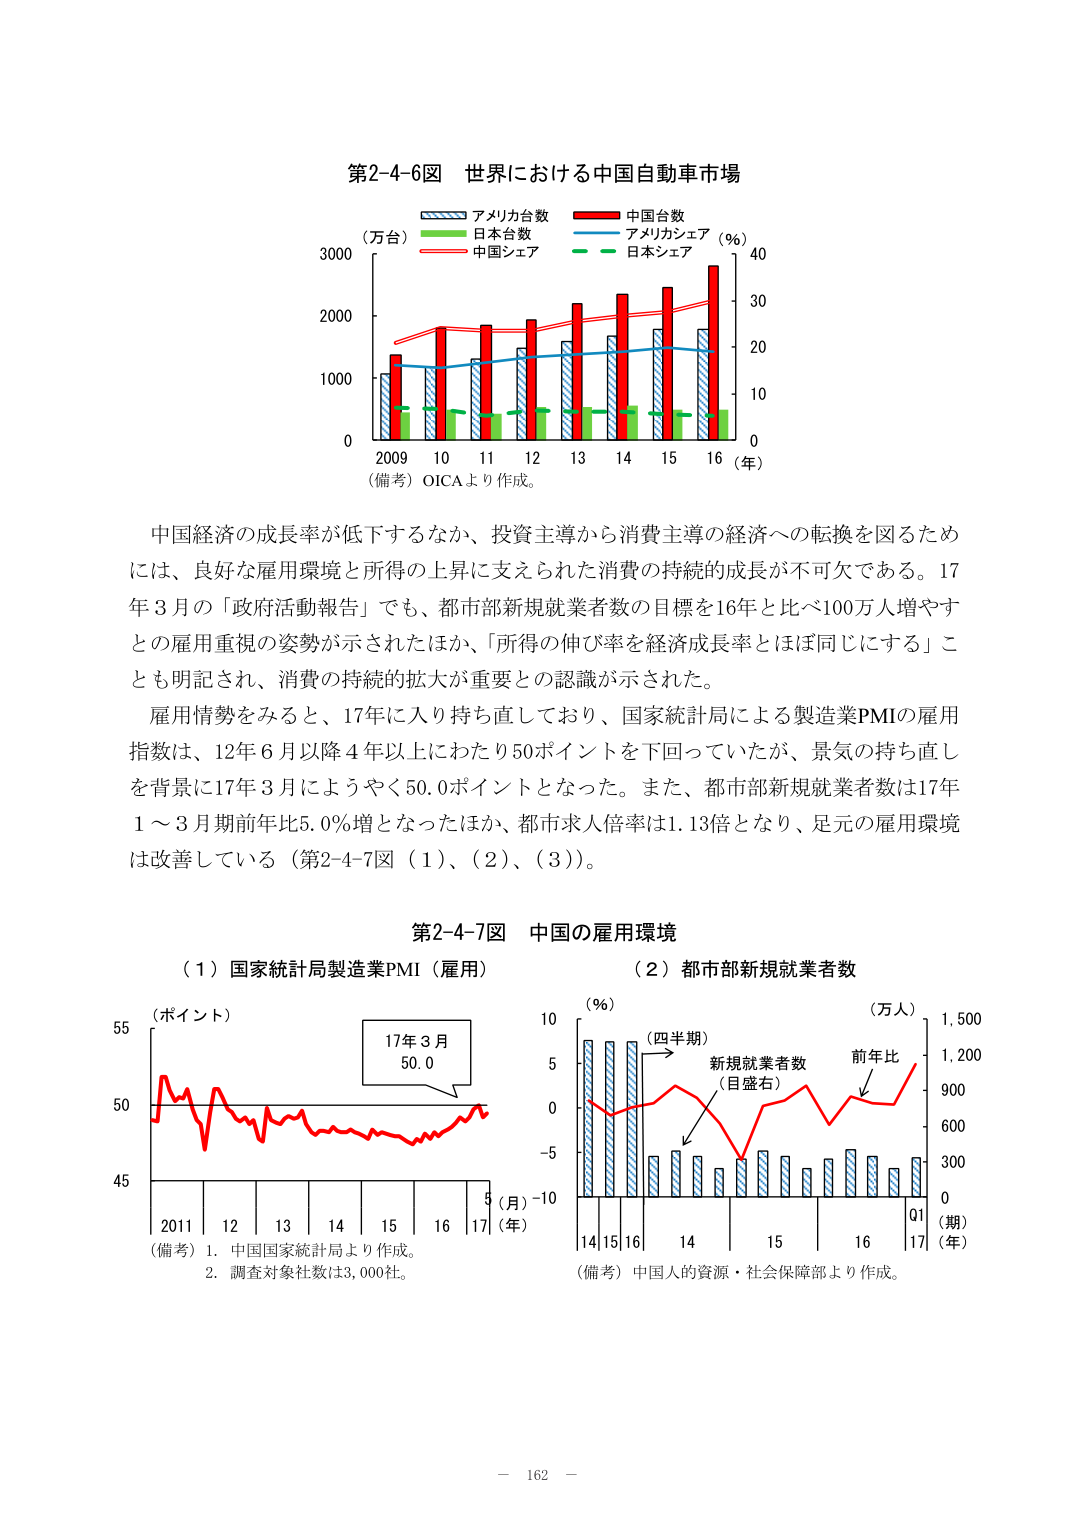
第2-4-6図 世界における中国自動車市場
（万台） アメリカ台数 中国台数
日本台数 アメリカシェア（％）
中国シェア 日本シェア
0 1000 2000 3000
0 10 20 30 40
2009 10 11 12 13 14 15 16（年）
（備考）OICAより作成。

中国経済の成長率が低下するなか、投資主導から消費主導の経済への転換を図るためには、良好な雇用環境と所得の上昇に支えられた消費の持続的成長が不可欠である。17年3月の「政府活動報告」でも、都市部新規就業者数の目標を16年と比べ100万人増やすとの雇用重視の姿勢が示されたほか、「所得の伸び率を経済成長率とほぼ同じにする」とも明記され、消費の持続的拡大が重要との認識が示された。

雇用情勢をみると、17年に入り持ち直しており、国家統計局による製造業PMIの雇用指数は、12年6月以降4年以上にわたり50ポイントを下回っていたが、景気の持ち直しを背景に17年3月によりやく50.0ポイントとなった。また、都市部新規就業者数は17年1～3月期前年比5.0％増となったほか、都市求人倍率は1.13倍となり、足元の雇用環境は改善している（第2-4-7図（1）、（2）、（3））。

第2-4-7図 中国の雇用環境
（1）国家統計局製造業PMI（雇用）
（ポイント）
55
50
45
2011 12 13 14 15 16 17（年）
（月）
（備考）1. 中国国家統計局より作成。
2. 調査対象社数は3,000社。
17年3月
50.0

（2）都市部新規就業者数
（％）
10
5
0
-5
-10
14 15 16 14 15 16 Q1 17（期）（年）
（万人）
1,500
1,200
900
600
300
0
（四半期）
新規就業者数
（目盛右）
前年比
（備考）中国人の資源・社会保障部より作成。

－ 162 －